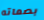
بصماته